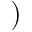
)